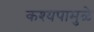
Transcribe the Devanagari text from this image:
कश्यपामुळे